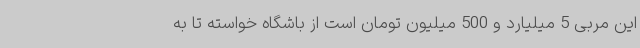
این مربی 5 میلیارد و 500 میلیون تومان است از باشگاه خواسته تا به